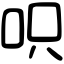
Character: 呮